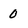
Character: 0